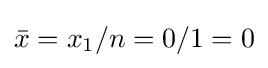
{\bar {x}}=x_{1}/n=0/1=0